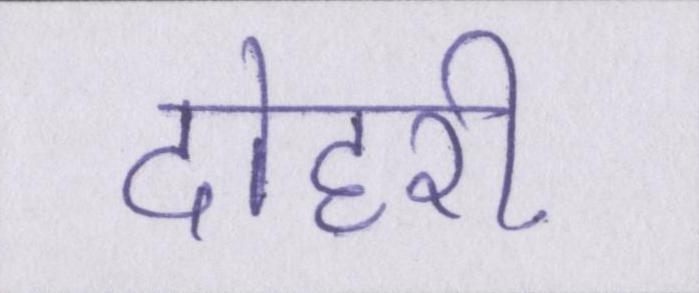
दोहरी